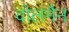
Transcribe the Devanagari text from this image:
वोलमैन